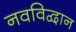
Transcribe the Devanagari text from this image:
नवविद्वान